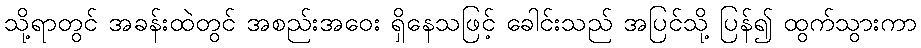
သို့ရာတွင် အခန်းထဲတွင် အစည်းအဝေး ရှိနေသဖြင့် ခေါင်းသည် အပြင်သို့ ပြန်၍ ထွက်သွားကာ